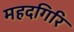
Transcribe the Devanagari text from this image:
महदगिरि